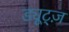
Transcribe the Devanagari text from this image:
ड्यूट्ज़